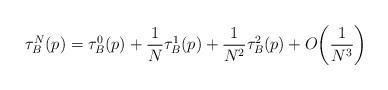
LaTeX: \begin{align*}\tau_B^N(p)=\tau_B^0(p)+\frac{1}{N}\tau_B^1(p)+\frac{1}{N^2}\tau_B^2(p)+O \biggl(\frac{1}{N^3}\biggr)\end{align*}